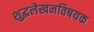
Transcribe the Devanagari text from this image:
शुद्धलेखनविषयक